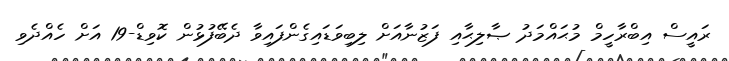
ރައީސް އިބްރާހީމް މުޙައްމަދު ޞާލިޙާއި ފަޒުނާއަށް ލިބިވަޑައިގެންފައިވާ ދެބޭފުޅުން ކޮވިޑް-19 އަށް ހެއްދެވި